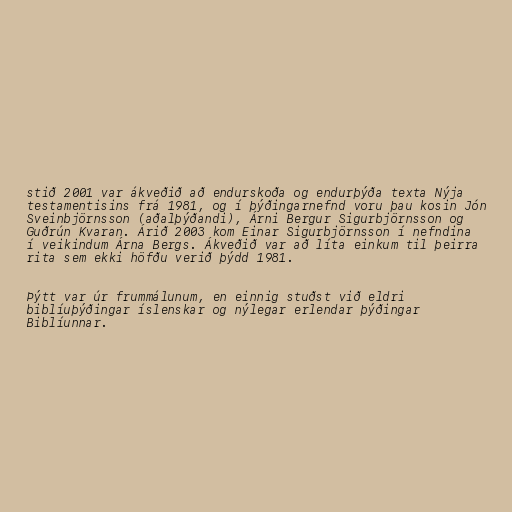
stið 2001 var ákveðið að endurskoða og endurþýða texta Nýja
testamentisins frá 1981, og í þýðingarnefnd voru þau kosin Jón
Sveinbjörnsson (aðalþýðandi), Árni Bergur Sigurbjörnsson og
Guðrún Kvaran. Árið 2003 kom Einar Sigurbjörnsson í nefndina
í veikindum Árna Bergs. Ákveðið var að líta einkum til þeirra
rita sem ekki höfðu verið þýdd 1981.

Þýtt var úr frummálunum, en einnig stuðst við eldri
biblíuþýðingar íslenskar og nýlegar erlendar þýðingar
Biblíunnar.